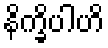
နိက္ခိပါဟိ